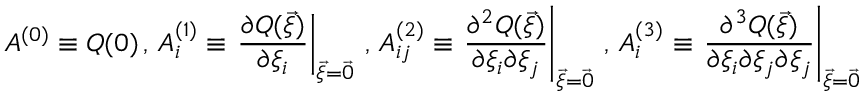
A ^ { ( 0 ) } \equiv Q ( \boldsymbol { 0 } ) \, , \, A _ { i } ^ { ( 1 ) } \equiv \left. \frac { \partial Q ( \vec { \xi } ) } { \partial \xi _ { i } } \right| _ { \vec { \xi } = \vec { 0 } } \, , \, A _ { i j } ^ { ( 2 ) } \equiv \left. \frac { \partial ^ { 2 } Q ( \vec { \xi } ) } { \partial \xi _ { i } \partial \xi _ { j } } \right| _ { \vec { \xi } = \vec { 0 } } \, , \, A _ { i } ^ { ( 3 ) } \equiv \left. \frac { \partial ^ { 3 } Q ( \vec { \xi } ) } { \partial \xi _ { i } \partial \xi _ { j } \partial \xi _ { j } } \right| _ { \vec { \xi } = \vec { 0 } }